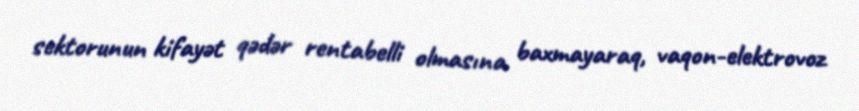
sektorunun kifayət qədər rentabelli olmasına baxmayaraq, vaqon-elektrovoz